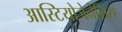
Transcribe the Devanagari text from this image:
आस्टियोजेनेसिस